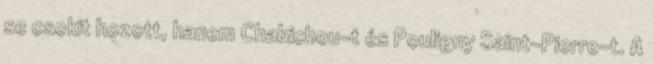
se csokit hozott, hanem Chabichou-t és Pouligny Saint-Pierre-t. A